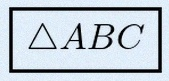
\triangle ABC